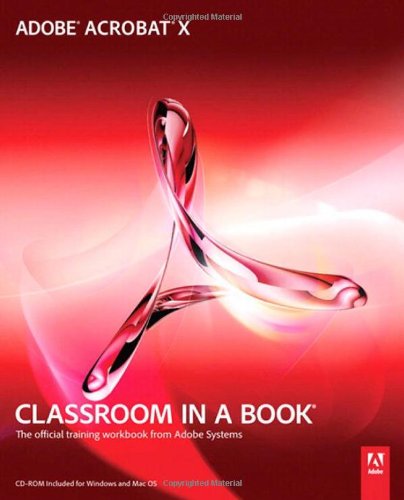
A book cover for Adobe Acrobat X Classroom in a Book; Adobe Creative Team; Computers & Technology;